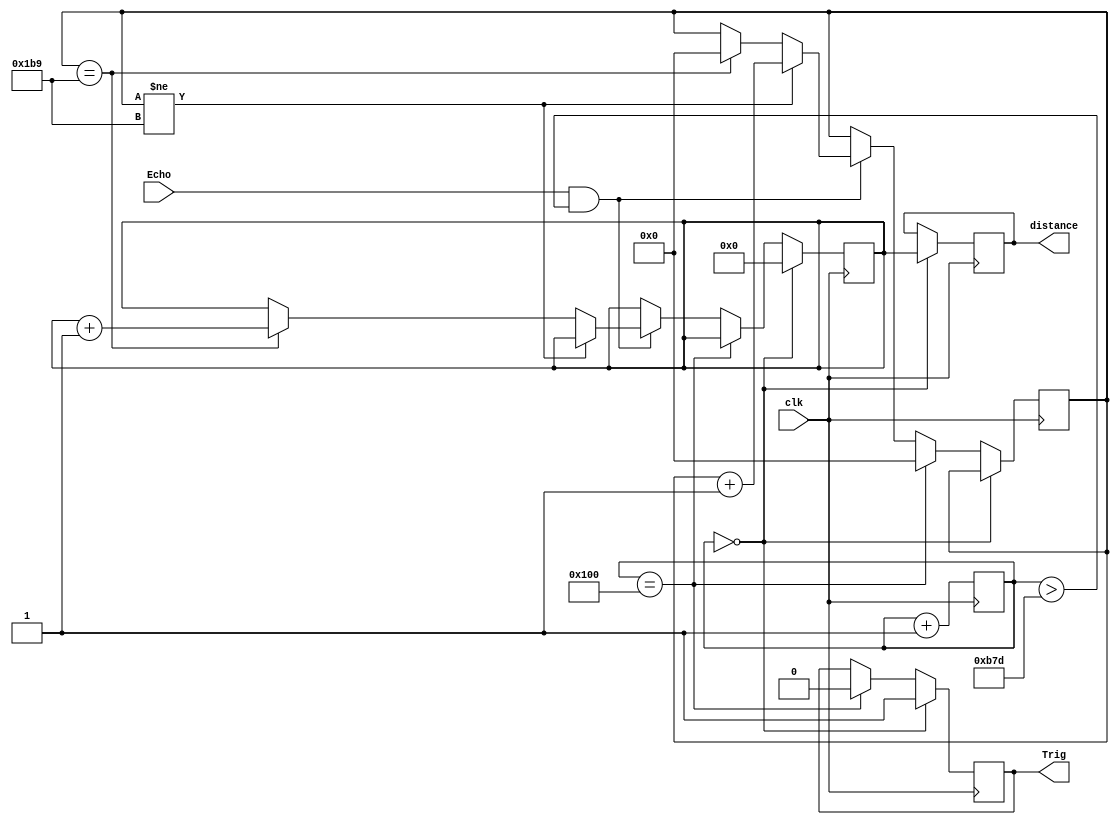
module Distance_Detect(
clk,
Trig,
Echo,
distance
);

input clk;
input Echo;
output Trig;
output [11:0] distance;

reg [20:0] count_start = 0;
reg [23:0] count_time = 0;
reg [11:0] count;
reg Trig = 0;
wire Echo; 
reg [11:0] distance = 0;




always @(negedge clk)
begin
	count_start <= count_start + 1;
end 


always @(posedge clk)
begin
	if(count_start == 0)
	begin
		Trig <= 1;
		distance <= count;
		count <= 0;
	end
	else if(count_start == 256)
	begin
		Trig <= 0;
		count_time <= 0;
	end
	else if(Echo == 1 && (count_start > 2941))
	begin
		if(count_time != 441)
		count_time <= count_time +1;
		else if(count_time == 441)
		begin
			count <= count +1;
			count_time <= 0;
		end
	end
	else if(Echo == 0  && (count_start > 2941) )
	begin
		count_time <= count_time;
	end
end
endmodule